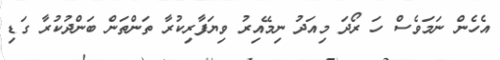
އެހެން ނަމަވެސް ހަ ރޯދަ މިއަދު ނިމޭއިރު ވިޔަފާރިކުރާ ތަންތަން ބަންދުކުރާ ގަޑި